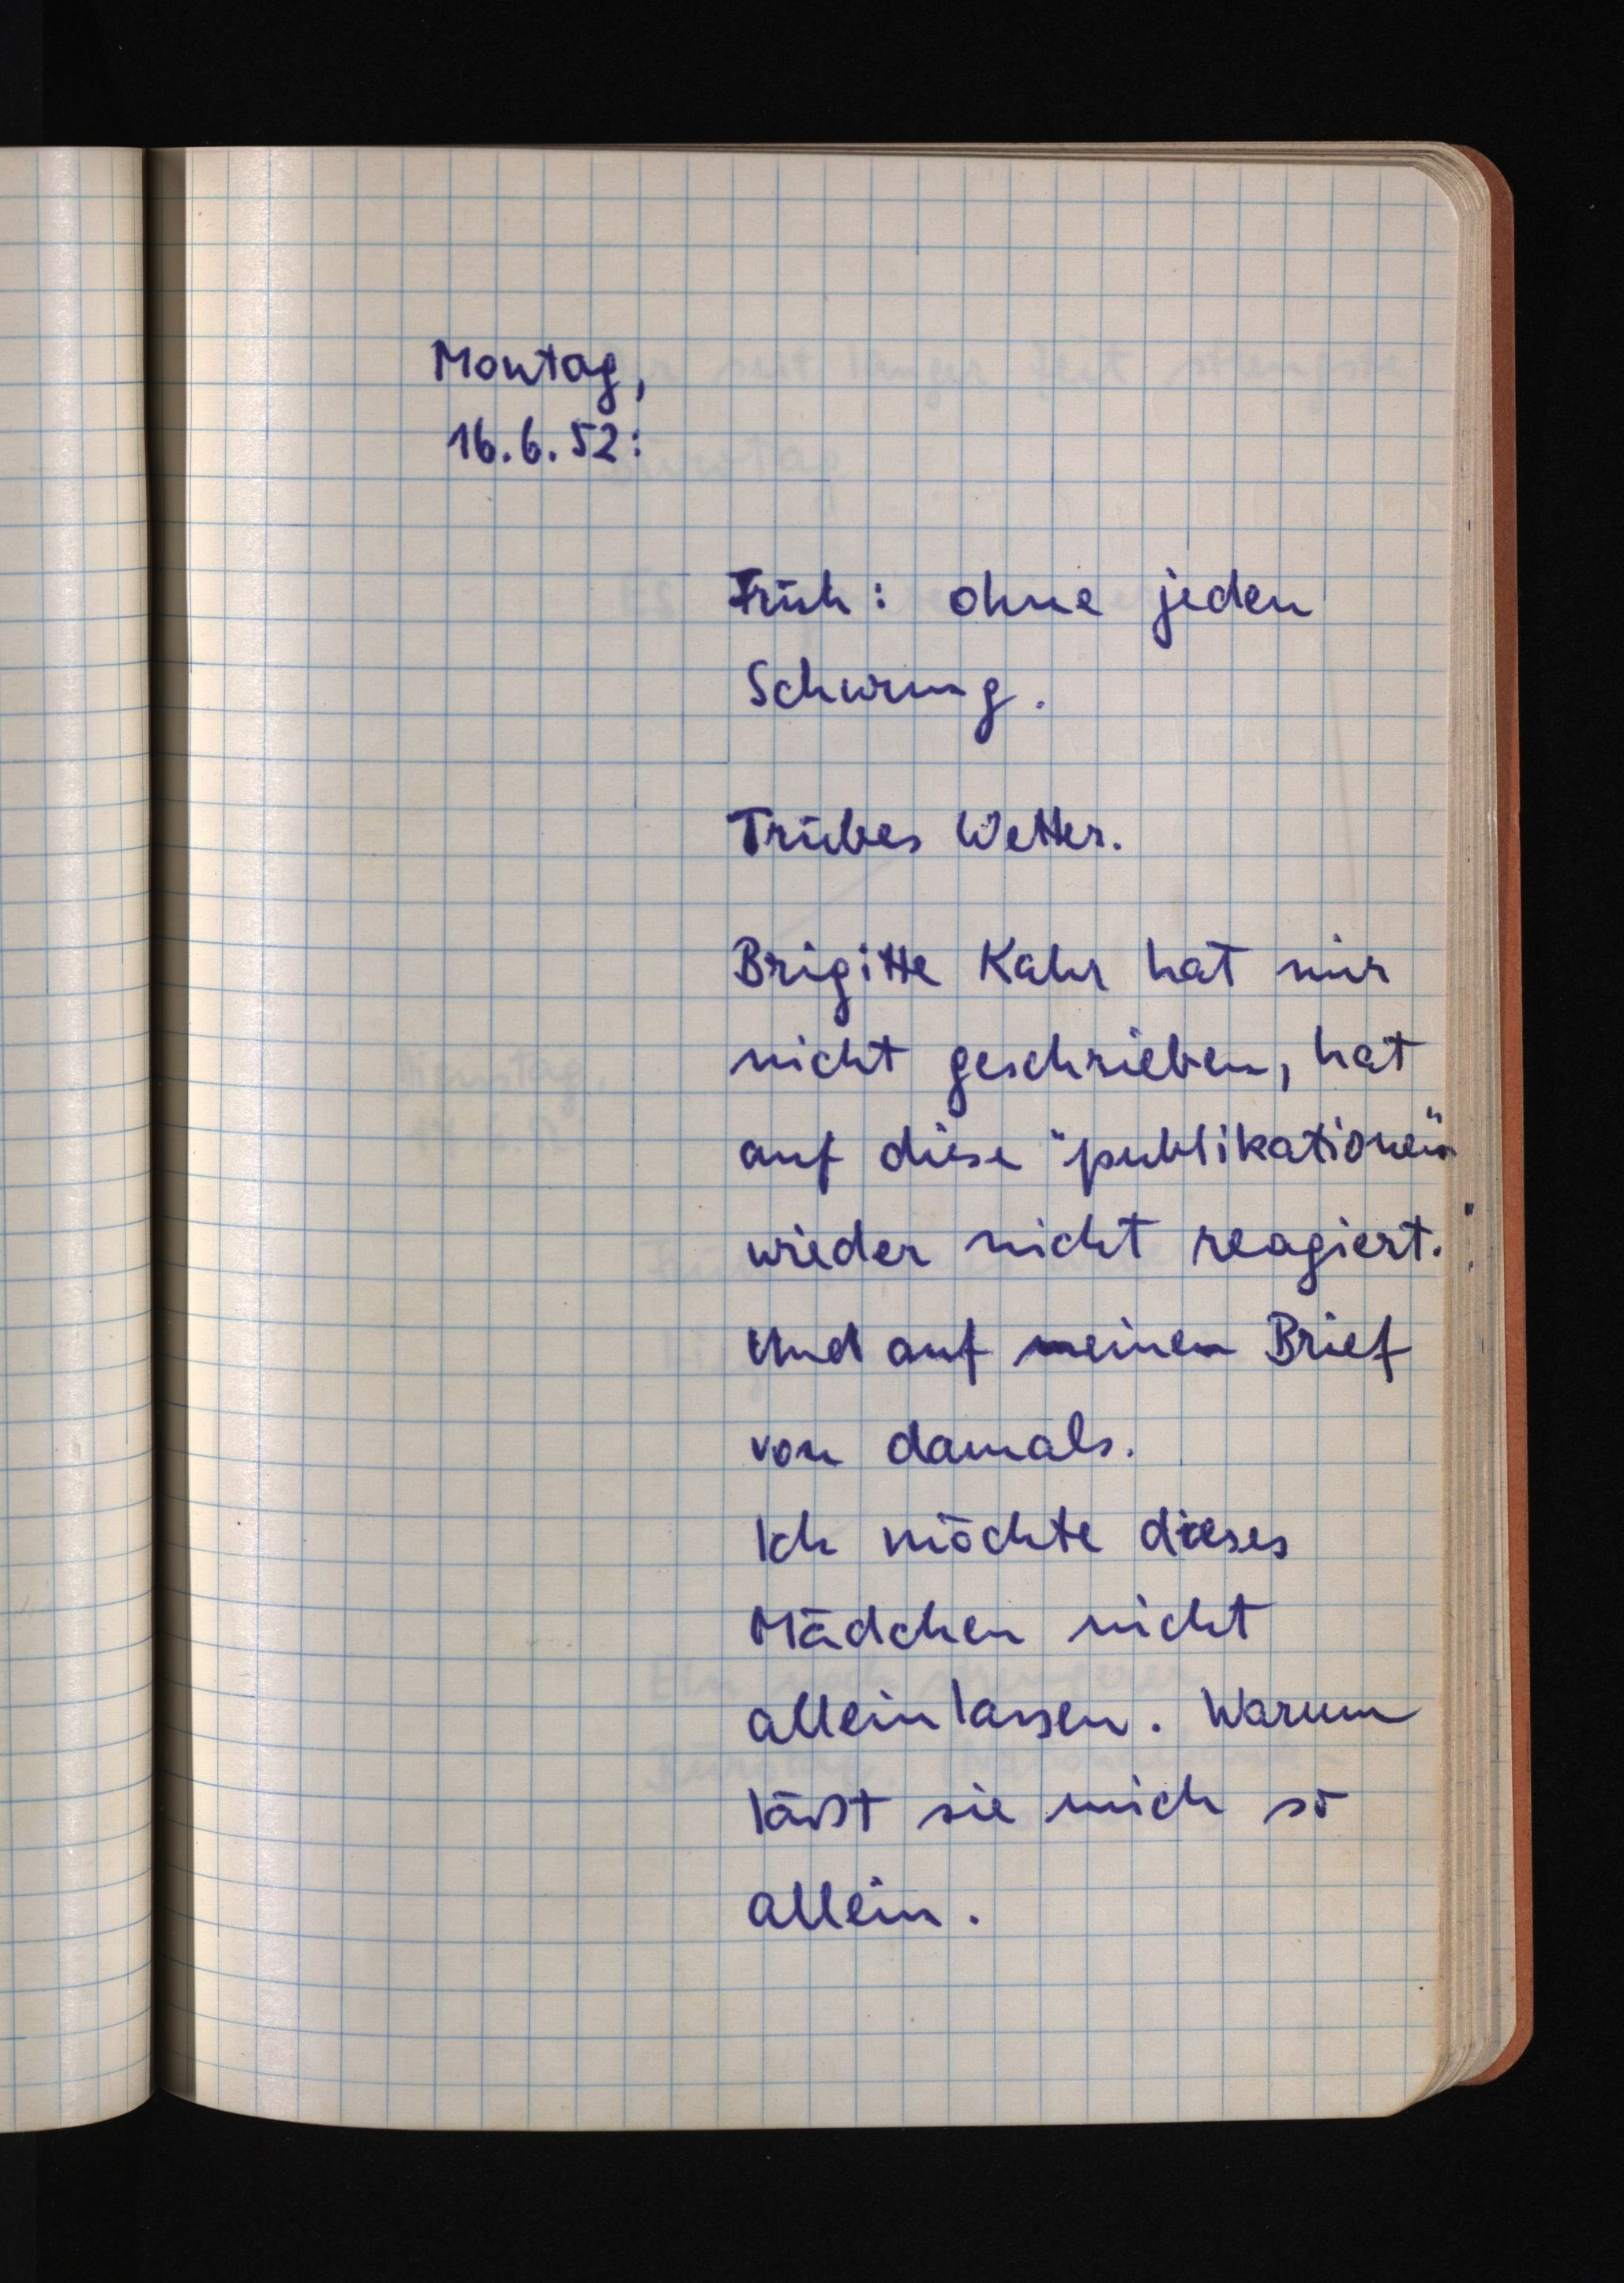
Montag,
16.6.52:
Früh: ohne jeden
Schwung.
Trübes Wetter.
Brigitte Kahr hat mir
nicht gegeschrieben, hat
auf diese "publikationen"
wieder nicht reagiert.
Und auf meinen Brief
von damals.
Ich möchte dieses
Mädchen nicht
allein lassen. Warum
läßt sie mich so
allein.